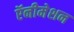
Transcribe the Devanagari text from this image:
ऍनीमेशन